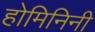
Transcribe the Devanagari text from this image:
होमिनिनी